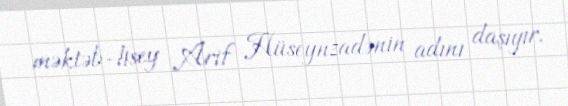
məktəb-lisey Arif Hüseynzadənin adını daşıyır.